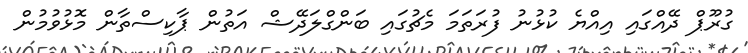
ގުރޫޕް ދޭއްގައި އިއްޔެ ކުޅުނު ފުރަތަމަ މެޗުގައި ބަންގްލަދޭޝް އަތުން ޕާކިސްތާން މޮޅުވުމުން